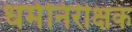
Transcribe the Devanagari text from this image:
धर्मनिरीक्षक